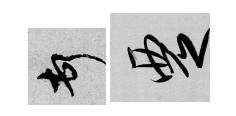
頓覂